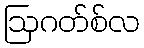
ဩဂတ်စ်လ